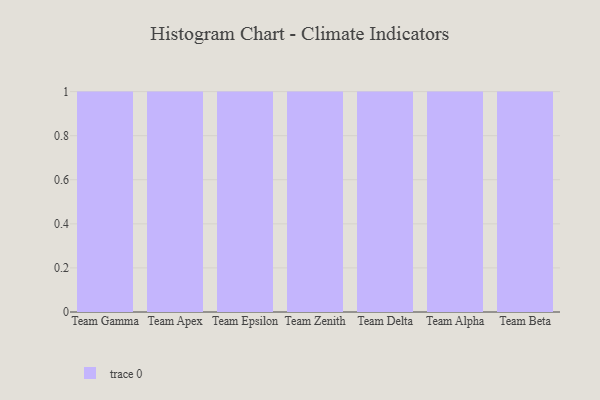
{"axis": {"x": "Team", "y": "Tickets Resolved"}, "legend": [""], "data": [{"x": "Team Gamma", "y": 63, "type": ""}, {"x": "Team Apex", "y": 11, "type": ""}, {"x": "Team Epsilon", "y": 80, "type": ""}, {"x": "Team Zenith", "y": 31, "type": ""}, {"x": "Team Delta", "y": 86, "type": ""}, {"x": "Team Alpha", "y": 31, "type": ""}, {"x": "Team Beta", "y": 49, "type": ""}]}